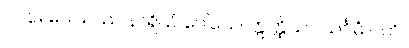
၁၀၃။ ပေါသဿ နာရိယံ ပေါသေ၊ ဣတ္ထိယာ သင်္ဂမံ ပတိ။